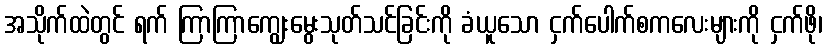
အသိုက်ထဲတွင် ရက် ကြာကြာကျွေးမွေးသုတ်သင်ခြင်းကို ခံယူသော ငှက်ပေါက်စကလေးများကို ငှက်ဖို၊